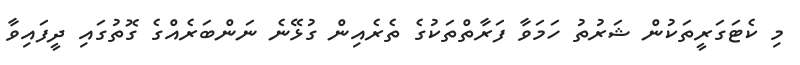
މި ކެޓަގަރީތަކުން ޝަރުތު ހަމަވާ ފަރާތްތަކުގެ ތެރެއިން ގުޅޭނެ ނަންބަރެއްގެ ގޮތުގައި ދީފައިވާ